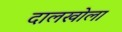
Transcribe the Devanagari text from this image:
दालखोला